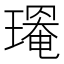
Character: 𤩃